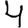
Digit: 4